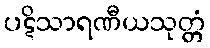
ပဋိသာရဏီယသုတ္တံ